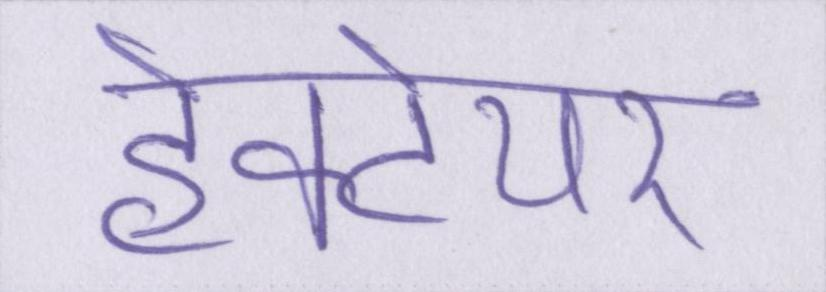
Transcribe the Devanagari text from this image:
हेक्टेयर